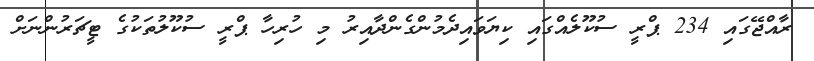
ރާއްޖޭގައި 234 ޕްރީ ސުކޫލެއްގައި ކިޔަވައިދެމުންގެންދާއިރު މި ހުރިހާ ޕްރީ ސުކޫލުތަކުގެ ޓީޗަރުންނަށް